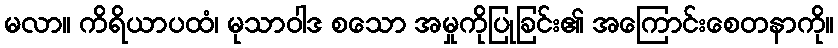
မလာ။ ကိရိယာပထံ၊ မုသာဝါဒ စသော အမှုကိုပြုခြင်း၏ အကြောင်းစေတနာကို။